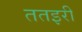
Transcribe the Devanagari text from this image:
ततइरी